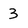
Character: 3